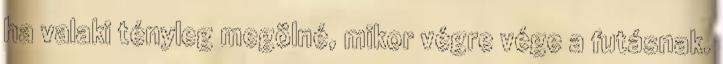
ha valaki tényleg megölné, mikor végre vége a futásnak.